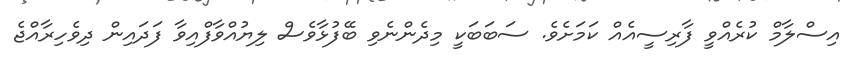
އިސްލާމް ކުރެއްވީ ފާރިސީއެއް ކަމަށެވެ. ސަބަބަކީ މިދެންނެވި ބޭފުޅާވެސް ލިޔުއްވާފްއިވާ ފަދައިން ދިވެހިރާއްޖެ